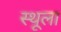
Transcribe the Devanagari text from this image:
स्थूला